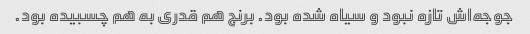
جوجه‌اش تازه نبود و سیاه شده بود. برنج هم قدری به هم چسبیده بود.